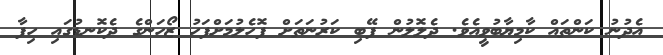
އެދުނު ކަންތައް ކާމިޔާބުވީއެވެ. ދެލޮލުން ފޭބި ކަރުނަތަށް ފޮހެލުމަށްފަހު ޒޯހަންގެ ދެކޮނޑުގައި ހިފާ